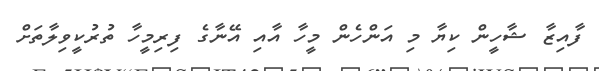
ފާއިޒާ ޝާހީން ކިޔާ މި އަންހެން މީހާ އާއި އޭނާގެ ފިރިމީހާ ތުރުކީވިލާތަށް